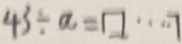
4 5 \div a = \square \cdots 7